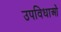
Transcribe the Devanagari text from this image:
उपविधाओं